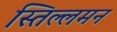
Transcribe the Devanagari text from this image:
स्तिल्लमन